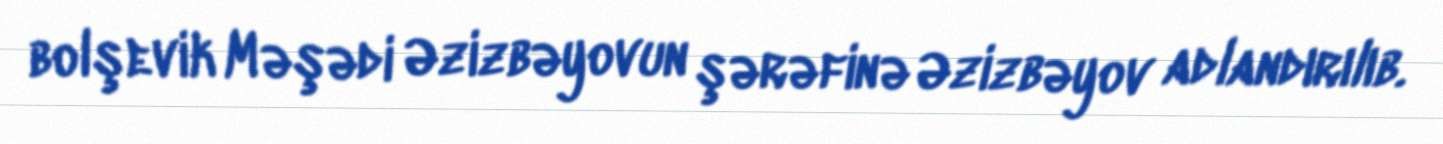
bolşevik Məşədi Əzizbəyovun şərəfinə Əzizbəyov adlandırılıb.